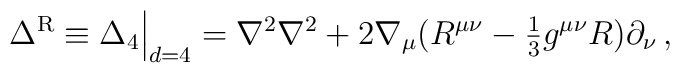
\Delta^{\rm {R}}  \equiv \Delta_{4}\Big | _{d=4} = \nabla^2 \nabla^2 + 2 \nabla_\mu ( R^{\mu\nu} - {\textstyle{1\over 3}}g^{\mu\nu}R )\partial_\nu \, ,